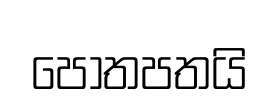
පොතපතයි